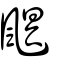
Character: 颶